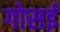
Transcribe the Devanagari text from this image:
गोसई